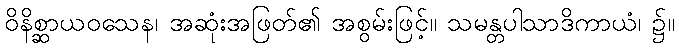
ဝိနိစ္ဆာယဝသေန၊ အဆုံးအဖြတ်၏ အစွမ်းဖြင့်။ သမန္တပါသာဒိကာယံ၊ ၌။